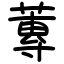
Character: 蓴